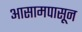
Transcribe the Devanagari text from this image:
आसामपासून